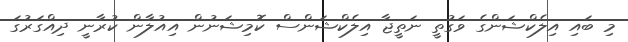
މި ބައި އިލެކްޝަންގެ ވަގުތީ ނަތީޖާ އިލެކްޝަންސް ކޮމިޝަނުން އިއުލާން ކުރާނީ ދިއްގަރުގަ